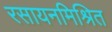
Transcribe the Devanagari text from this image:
रसायनमिश्रित